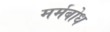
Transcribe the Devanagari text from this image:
मर्मबोध